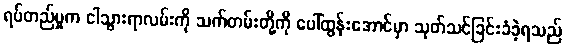
ရပ်တည်မှုက ငါသွားရာလမ်းကို သက်တမ်းတို့ကို ပေါ်ထွန်းအောင်မှာ သုတ်သင်ခြင်းခံခဲ့ရသည်